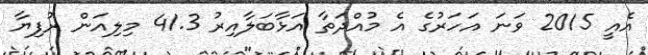
އެއީ 2015 ވަނަ އަހަރުގެ އެ މުއްދަތާ އަޅާބަލާއިރު 41.3 މިލިއަން ރުފިޔާ